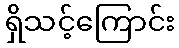
ရှိသင့်ကြောင်း